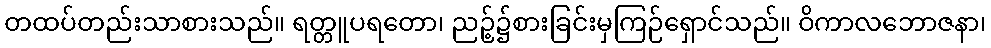
တထပ်တည်းသာစားသည်။ ရတ္တူပရတော၊ ညဉ့်၌စားခြင်းမှကြဉ်ရှောင်သည်။ ဝိကာလဘောဇနာ၊